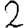
Digit: 2